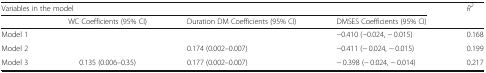
<table><thead><tr><td colspan="4"><b>Variables in the model</b></td><td><b><i>R</i><sup><i>2</i></sup></b></td></tr><tr><td></td><td><b>WC Coefficients (95% CI)</b></td><td><b>Duration DM Coefficients (95% CI)</b></td><td><b>DMSES Coefficients (95% CI)</b></td><td></td></tr></thead><tbody><tr><td>Model 1</td><td></td><td></td><td>−0.410 (−0.024, − 0.015)</td><td>0.168</td></tr><tr><td>Model 2</td><td></td><td>0.174 (0.002–0.007)</td><td>−0.411 (− 0.024, − 0.015)</td><td>0.199</td></tr><tr><td>Model 3</td><td>0.135 (0.006–0.35)</td><td>0.177 (0.002–0.007)</td><td>− 0.398 (− 0.024, − 0.014)</td><td>0.217</td></tr></tbody></table>